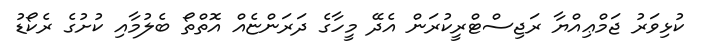
ކުޅިވަރު ޖަމްޢިއްޔާ ރަޖިސްޓްރީކުރަން އެދޭ މީހާގެ ދަރަންޏެއް އޮތްތޯ ބެލުމާއި ކުށުގެ ރެކޯޑު